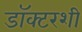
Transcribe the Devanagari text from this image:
डॉक्टरशी